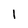
Character: I